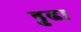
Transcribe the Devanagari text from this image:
ढ्ढढा